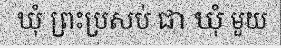
ឃុំ ព្រះប្រសប់ ជា ឃុំ មួយ